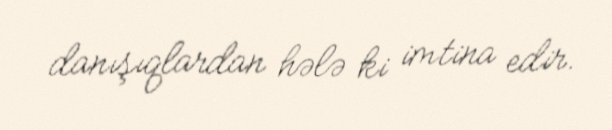
danışıqlardan hələ ki imtina edir.